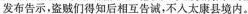
发布告示。盗贼们得知后相互告诫，不入太康县境内。